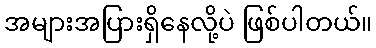
အများအပြားရှိနေလို့ပဲ ဖြစ်ပါတယ်။